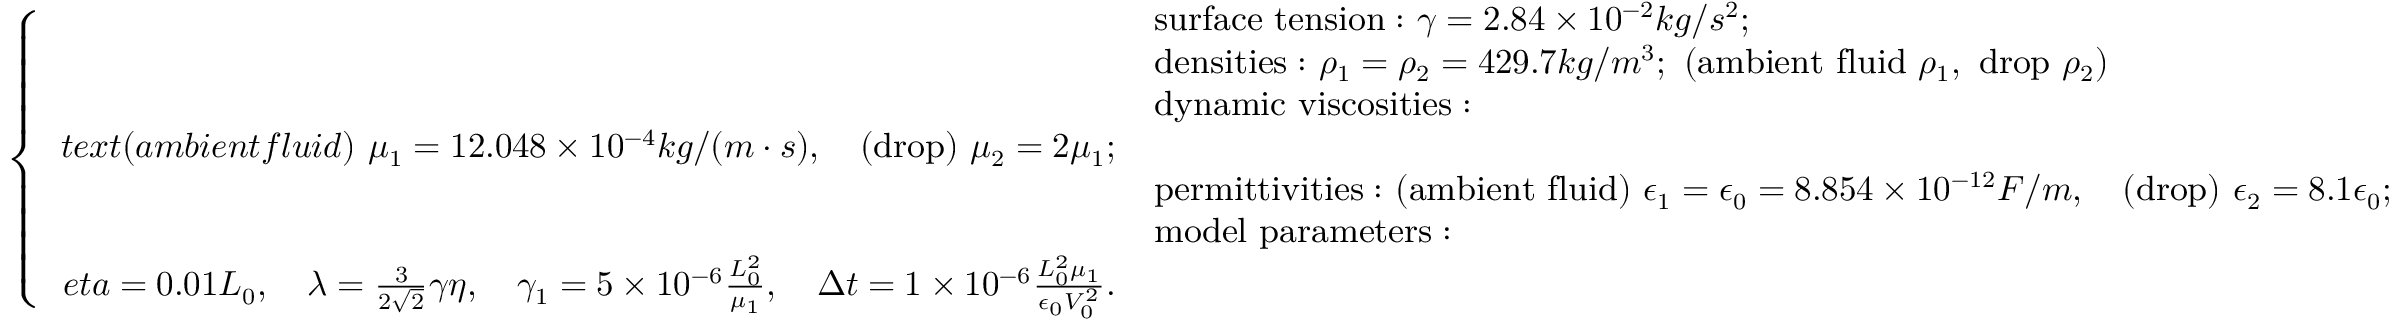
\small \left\{ \begin{array} { r l } & { \mathrm { s u r f a c e ~ t e n s i o n : } \ \gamma = 2 . 8 4 \times 1 0 ^ { - 2 } k g / s ^ { 2 } ; } \\ & { \mathrm { d e n s i t i e s : } \ \rho _ { 1 } = \rho _ { 2 } = 4 2 9 . 7 k g / m ^ { 3 } ; \ ( \mathrm { a m b i e n t ~ f l u i d } \ \rho _ { 1 } , \ \mathrm { d r o p } \ \rho _ { 2 } ) } \\ & { \mathrm { d y n a m i c ~ v i s c o s i t i e s : } } \\ { t e x t { ( a m b i e n t f l u i d ) } \ \mu _ { 1 } = 1 2 . 0 4 8 \times 1 0 ^ { - 4 } k g / ( m \cdot s ) , \quad \mathrm { ( d r o p ) } \ \mu _ { 2 } = 2 \mu _ { 1 } ; } \\ & { \mathrm { p e r m i t t i v i t i e s : } \ \mathrm { ( a m b i e n t ~ f l u i d ) } \ \epsilon _ { 1 } = \epsilon _ { 0 } = 8 . 8 5 4 \times 1 0 ^ { - 1 2 } F / m , \quad \mathrm { ( d r o p ) } \ \epsilon _ { 2 } = 8 . 1 \epsilon _ { 0 } ; } \\ & { \mathrm { m o d e l ~ p a r a m e t e r s : } } \\ { e t a = 0 . 0 1 L _ { 0 } , \quad \lambda = \frac { 3 } { 2 \sqrt { 2 } } \gamma \eta , \quad \gamma _ { 1 } = 5 \times 1 0 ^ { - 6 } \frac { L _ { 0 } ^ { 2 } } { \mu _ { 1 } } , \quad \Delta t = 1 \times 1 0 ^ { - 6 } \frac { L _ { 0 } ^ { 2 } \mu _ { 1 } } { \epsilon _ { 0 } V _ { 0 } ^ { 2 } } . } \end{array} \right.